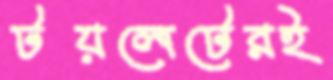
টয়লেটেরই